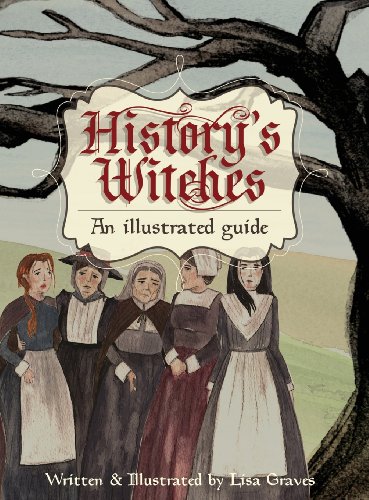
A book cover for History's Witches; Lisa Graves; Children's Books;